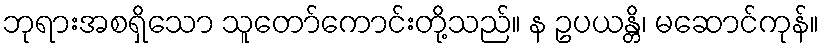
ဘုရားအစရှိသော သူတော်ကောင်းတို့သည်။ န ဥပယန္တိ၊ မဆောင်ကုန်။